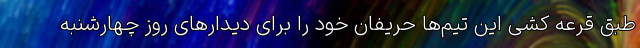
طبق قرعه کشی این تیم‌ها حریفان خود را برای دیدارهای روز چهارشنبه